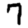
Digit: 7